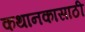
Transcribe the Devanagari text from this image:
कथानकासाठी